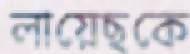
লায়েছকে